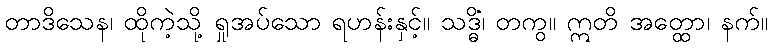
တာဒိသေန၊ ထိုကဲ့သို့ ရှုအပ်သော ရဟန်းနှင့်။ သဒ္ဓိံ၊ တကွ။ ဣတိ အတ္ထော၊ နက်။